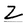
Character: Z